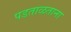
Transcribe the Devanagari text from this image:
पडताळताना